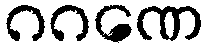
ဂဂဏေ